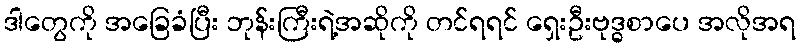
ဒါတွေကို အခြေခံပြီး ဘုန်းကြီးရဲ့အဆိုကို တင်ရရင် ရှေးဦးဗုဒ္ဓစာပေ အလိုအရ